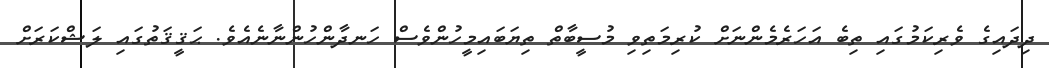
ދިދައިގެ ވެރިކަމުގައި ތިބެ އަހަރެމެންނަށް ކުރިމަތިވި މުސީބާތް ތިޔަބައިމީހުންވެސް ހަނދާންހުންނާނެއެވެ. ޙަޤީޤަތުގައި ލަޝްކަރަށް